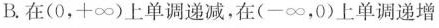
B.在(0，+\infty)上单调递减，在(-\infty，0)上单调递增